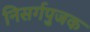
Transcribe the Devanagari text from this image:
निसर्गपुजक